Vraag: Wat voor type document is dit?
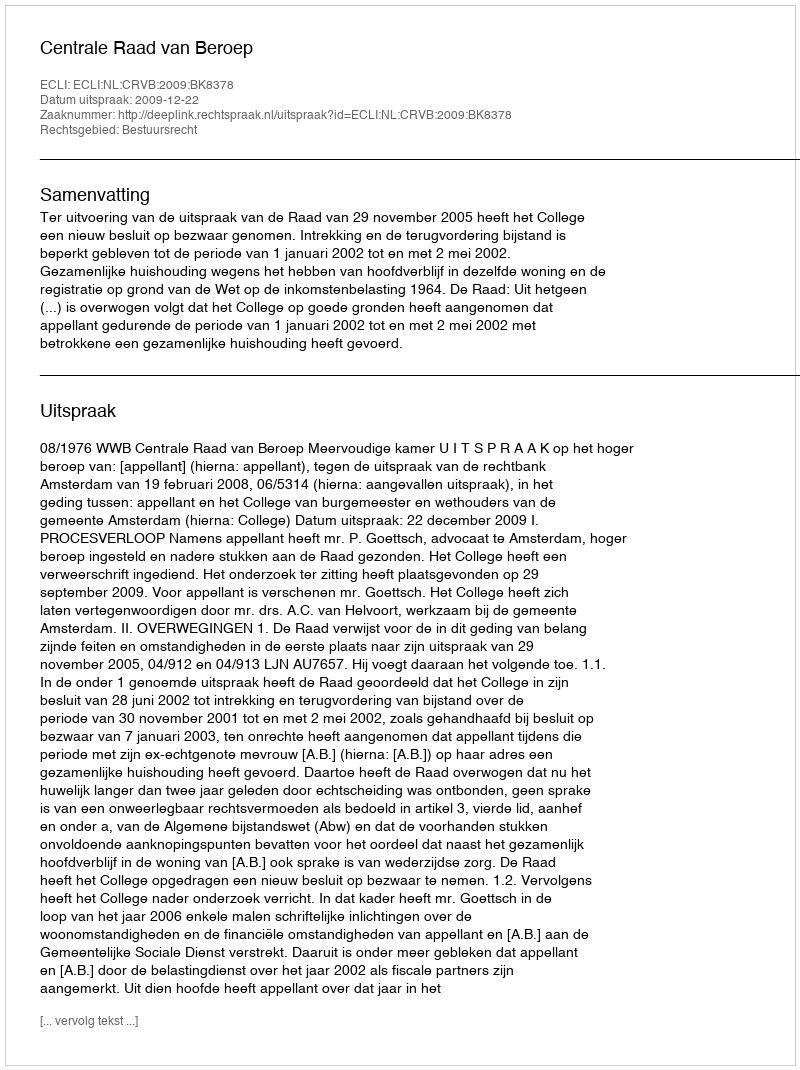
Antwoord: Uitspraak